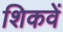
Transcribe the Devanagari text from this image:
शिकवें